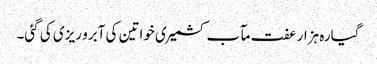
گیارہ ہزار عفت مآب کشمیری خواتین کی آبرو ریزی کی گئی۔